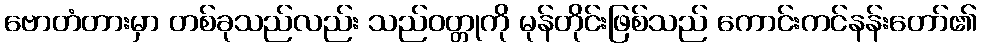
ဗောတံတားမှာ တစ်ခုသည်လည်း သည်ဝတ္တုကို မုန်တိုင်းဖြစ်သည် ကောင်းကင်နန်းတော်၏